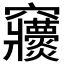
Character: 𥩒